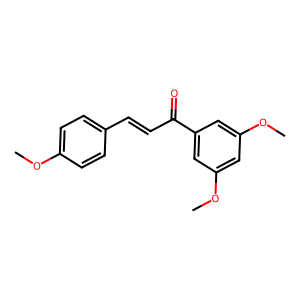
SMILES: COc1ccc(C=CC(=O)c2cc(OC)cc(OC)c2)cc1
Inhibits HIV replication: No